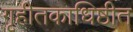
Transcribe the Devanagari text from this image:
गृहीतकाधिष्ठीत